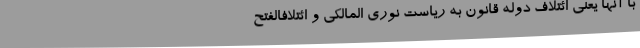
با آنها یعنی ائتلاف دوله قانون به ریاست نوری المالکی و ائتلافالفتح